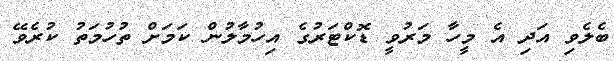
ބެލެވި އަދި އެ މީހާ މަރުވީ ޑޮކްޓަރުގެ އިހުމާލުން ކަމަށް ތުހުމަތު ކުރެވޭ